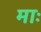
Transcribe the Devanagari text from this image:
माः